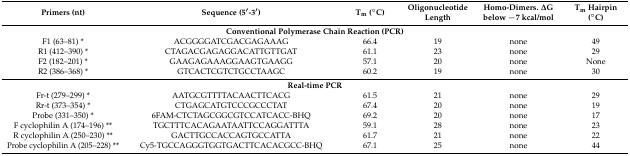
| Primers (nt) | Sequence (5′-3′) | Tm (°C) | Oligonucleotide Length | Homo-Dimers. ΔG below −7 kcal/mol | Tm Hairpin (°C) |
 | --- | --- | --- | --- | --- | --- |
 | <COLSPAN=6> Conventional Polymerase Chain Reaction (PCR) |
 | F1 (63–81) * | ACGGGGATCGACGAGAAAG | 66.4 | 19 | none | 49 |
 | R1 (412–390) * | CTAGACGAGAGGACATTGTTGAT | 61.1 | 23 | none | 29 |
 | F2 (182–201)* | GAAGAGAAAGGAAGTGAAGG | 57.1 | 20 | none | None |
 | R2 (386–368) * | GTCACTCGTCTGCCTAAGC | 60.2 | 19 | none | 30 |
 | <COLSPAN=6> Real-time PCR |
 | Fr-t (279–299) * | AATGCGTTTTACAACTTCACG | 61.5 | 21 | none | 29 |
 | Rr-t (373–354) * | CTGAGCATGTCCCGCCCTAT | 67.4 | 20 | none | 19 |
 | Probe (331–350) * | 6FAM-CTCTAGCGGCGTCCATCACC-BHQ | 69.2 | 20 | none | 17 |
 | F cyclophilin A (174–196) ** | TGCTTTCACAGAATAATTCCAGGATTTA | 59.1 | 28 | none | 23 |
 | R cyclophilin A (250–230) ** | GACTTGCCACCAGTGCCATTA | 61.7 | 21 | none | 22 |
 | Probe cyclophilin A (205–228) ** | Cy5-TGCCAGGGTGGTGACTTCACACGCC-BHQ | 67.1 | 25 | none | 44 |